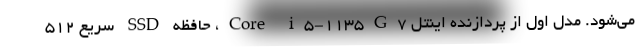
می‌شود. مدل اول از پردازنده اینتل Core i5-1135G7، حافظه SSD سریع ۵۱۲